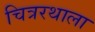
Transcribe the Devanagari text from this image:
चित्ररथाला